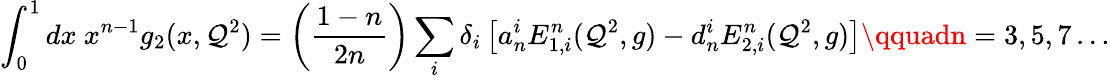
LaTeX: \int_{0}^{1}dx~x^{n-1}g_{2}(x,\mathcal{Q}^{2})=\left(\frac{{1-n}}{{2n}}\right)\sum_{i}\delta_{i}\left[a_{n}^{i}E_{1,i}^{n}(\mathcal{Q}^{2},g)-d_{n}^{i}E_{2,i}^{n}(\mathcal{Q}^{2},g)\right]\qquadn=3,5,7\dots